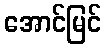
အောင်မြင်